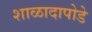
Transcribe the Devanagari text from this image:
शाळादापोडे